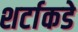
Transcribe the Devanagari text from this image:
शर्टाकडे